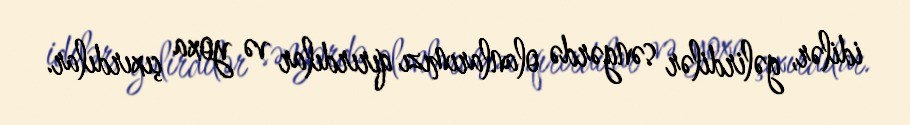
idilər, gəlirdilər səngərdə olanlarımızı qırırdılar və yoxa çıxırdılar.